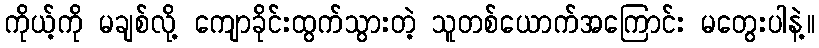
ကိုယ့်ကို မချစ်လို့ ကျောခိုင်းထွက်သွားတဲ့ သူတစ်ယောက်အကြောင်း မတွေးပါနဲ့။